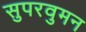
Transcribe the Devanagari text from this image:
सुपरवुमन